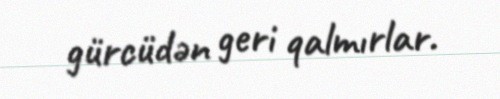
gürcüdən geri qalmırlar.